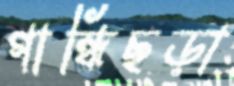
গান্ধিছড়া